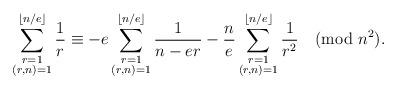
LaTeX: \begin{align*}\sum^{\lfloor n/e\rfloor}_{\substack{r=1\\ (r,n)=1}}\frac{1}{r}\equiv -e\sum^{\lfloor n/e\rfloor}_{\substack{r=1\\ (r,n)=1}}\frac{1}{n-er}-\frac{n}{e}\sum^{\lfloor n/e\rfloor}_{\substack{r=1\\ (r,n)=1}}\frac{1}{r^2} \pmod {n^2}.\end{align*}